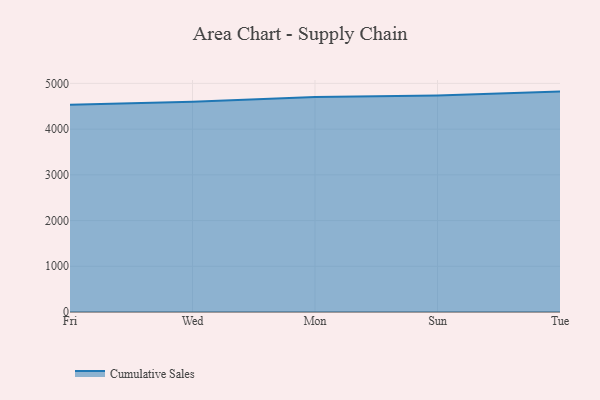
{"axis": {"x": "Day", "y": "Operating Costs (USD K)"}, "legend": ["Cumulative Sales"], "data": [{"x": "Fri", "y": 4535.5, "type": "Cumulative Sales"}, {"x": "Wed", "y": 4599.1, "type": "Cumulative Sales"}, {"x": "Mon", "y": 4704.2, "type": "Cumulative Sales"}, {"x": "Sun", "y": 4738.0, "type": "Cumulative Sales"}, {"x": "Tue", "y": 4821.0, "type": "Cumulative Sales"}]}